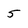
Character: 5